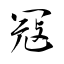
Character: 冦